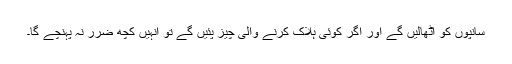
سانپوں کو اُٹھالیں گے اور اگر کوئی ہلاک کرنے والی چِیز پئیں گے تو اُنہِیں کُچھ ضَرر نہ پہُنچے گا۔